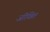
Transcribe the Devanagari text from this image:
जीवित